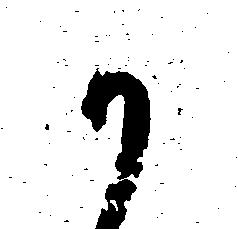
か